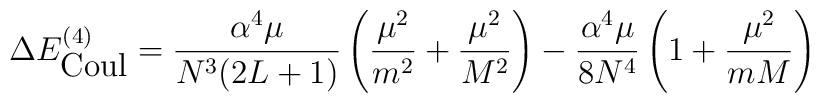
\Delta E^{(4)}_{\mbox{\rm Coul}}=\frac {\alpha^4\mu}{N^3(2L+1)}\left(\frac {\mu^2}{m^2}+\frac {\mu^2}{M^2}\right)-\frac {\alpha^4\mu}{8N^4}\left(1+\frac {\mu^2}{mM}\right)